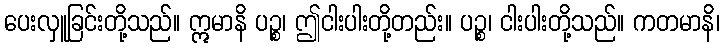
ပေးလှူခြင်းတို့သည်။ ဣမာနိ ပဉ္စ၊ ဤငါးပါးတို့တည်း။ ပဉ္စ၊ ငါးပါးတို့သည်။ ကတမာနိ၊